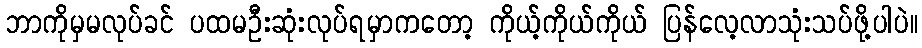
ဘာကိုမှမလုပ်ခင် ပထမဦးဆုံးလုပ်ရမှာကတော့ ကိုယ့်ကိုယ်ကိုယ် ပြန်လေ့လာသုံးသပ်ဖို့ပါပဲ။